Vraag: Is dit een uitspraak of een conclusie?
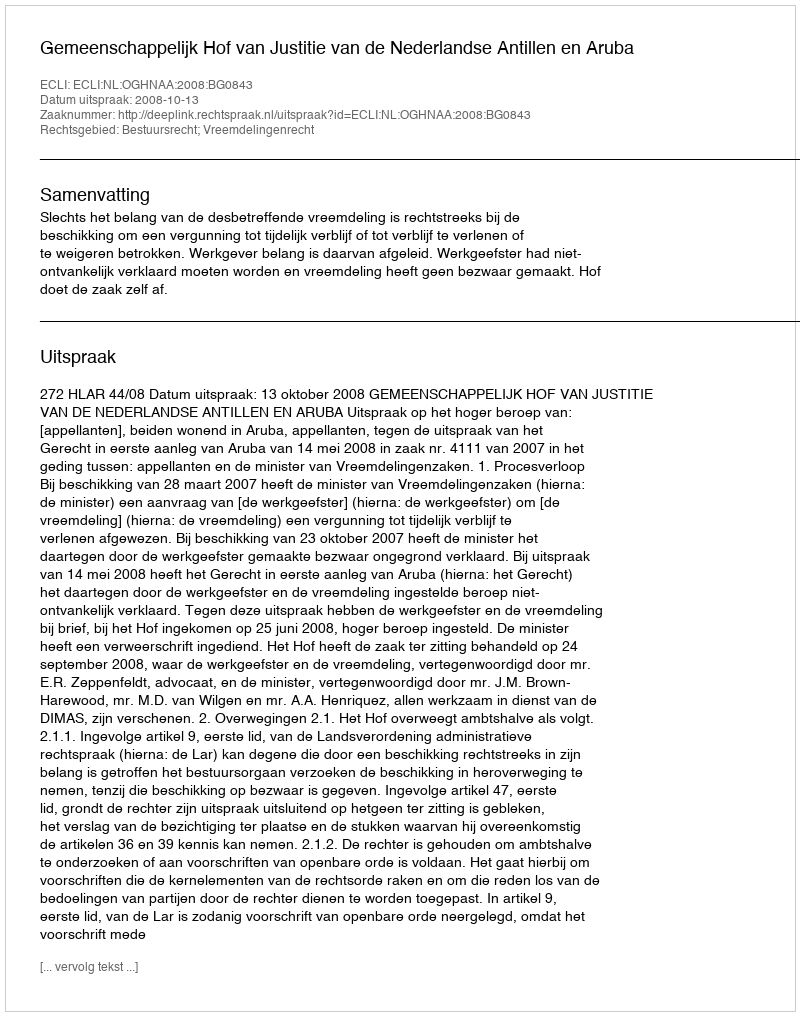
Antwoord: Uitspraak